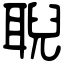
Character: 聣